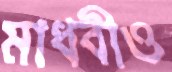
মাধবীও